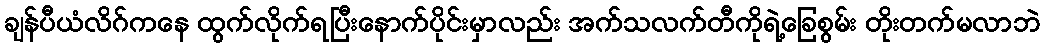
ချန်ပီယံလိဂ်ကနေ ထွက်လိုက်ရပြီးနောက်ပိုင်းမှာလည်း အက်သလက်တီကိုရဲ့ခြေစွမ်း တိုးတက်မလာဘဲ